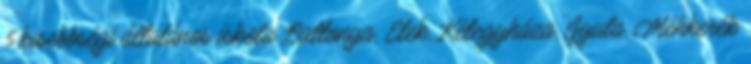
5 kisebbségi általános iskola Battonya, Elek, Kétegyháza, Gyula, Méhkerék